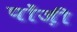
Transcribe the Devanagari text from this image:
पोंज़ी